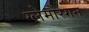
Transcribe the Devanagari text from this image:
ग्लेमोरगन